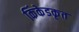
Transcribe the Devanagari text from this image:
किंकेडकृत